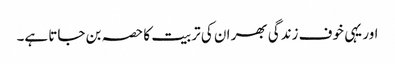
اور یہی خوف زندگی بھر ان کی تربیت کا حصہ بن جاتا ہے۔